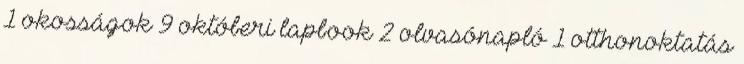
1 okosságok 9 októberi lapbook 2 olvasónapló 1 otthonoktatás